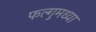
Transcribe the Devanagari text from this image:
फल्गुमध्या